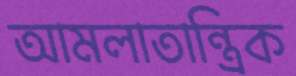
আমলাতান্ত্রিক